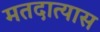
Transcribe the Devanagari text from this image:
मतदात्यास